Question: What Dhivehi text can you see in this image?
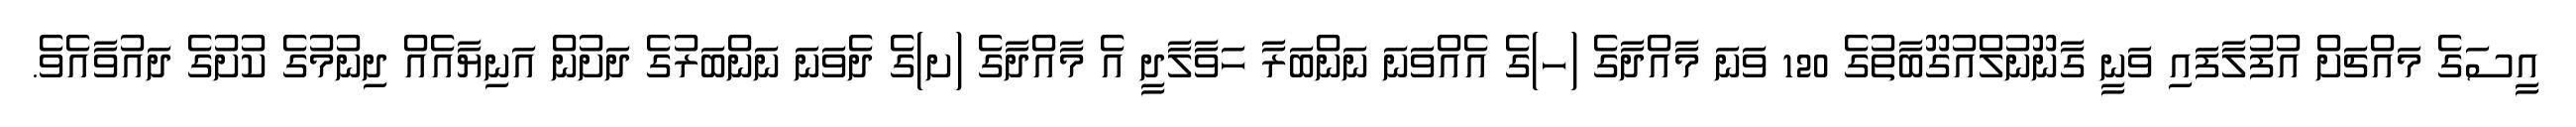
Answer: އީސަގެ މައްޗަށް އުފުލާފައި ވަނީ ގާނޫނުލްއުގޫބާތުގެ 120 ވަނަ މާއްދާގެ (ހ)ގެ އެއްވަނަ ނަންބަރާ ހަވާލާދީ އެ މާއްދާގެ (ށ)ގެ ދެވަނަ ނަންބަރުގެ ދަށުން އަނިޔާއެއް ދިނުމުގެ ކުށުގެ ދައުވާއެވެ.